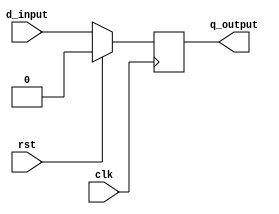
module REG (clk, rst, d_input, q_output);
parameter REG_WIDTH = 1 ;
parameter RSTTYPE = "SYNC" ;
input clk , rst ;
input [REG_WIDTH-1: 0 ] d_input;
output reg  [REG_WIDTH-1: 0 ] q_output;   
wire  rst_aSYNC ;
reg  rst_SYNC ; 
 assign rst_aSYNC = rst ;
always @(*) begin
   rst_SYNC = rst ;  
end
generate 
if (RSTTYPE == "SYNC") begin
    always @( posedge clk ) begin
    if (rst_SYNC) begin
       q_output<= 0 ;    
    end  
    else begin
        q_output <= d_input ; 
    end
end    
end else if (RSTTYPE == "ASYNC")begin
    always @( posedge clk or posedge rst_aSYNC ) begin
    if (rst_aSYNC) begin
       q_output<= 0 ;    
    end  
    else begin
        q_output <= d_input ; 
    end
end    
end  
endgenerate
endmodule